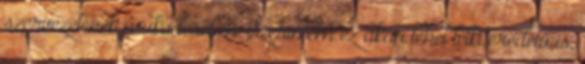
szervezetenek mukodeseben. Szerintem ez akár lehet lelki eredetű is,